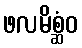
ဖလမိစ္ဆံဝ